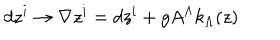
d z ^ { i } \rightarrow \nabla z ^ { i } = d z ^ { i } + g A ^ { \Lambda } k _ { \Lambda } ( z )